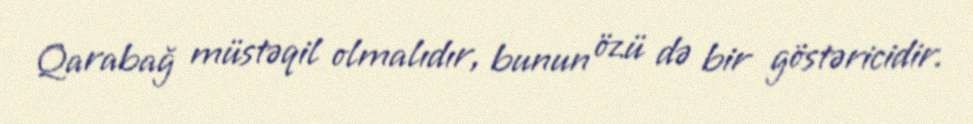
Qarabağ müstəqil olmalıdır, bunun özü də bir göstəricidir.